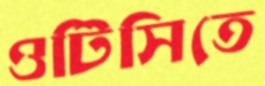
ওটিসিতে